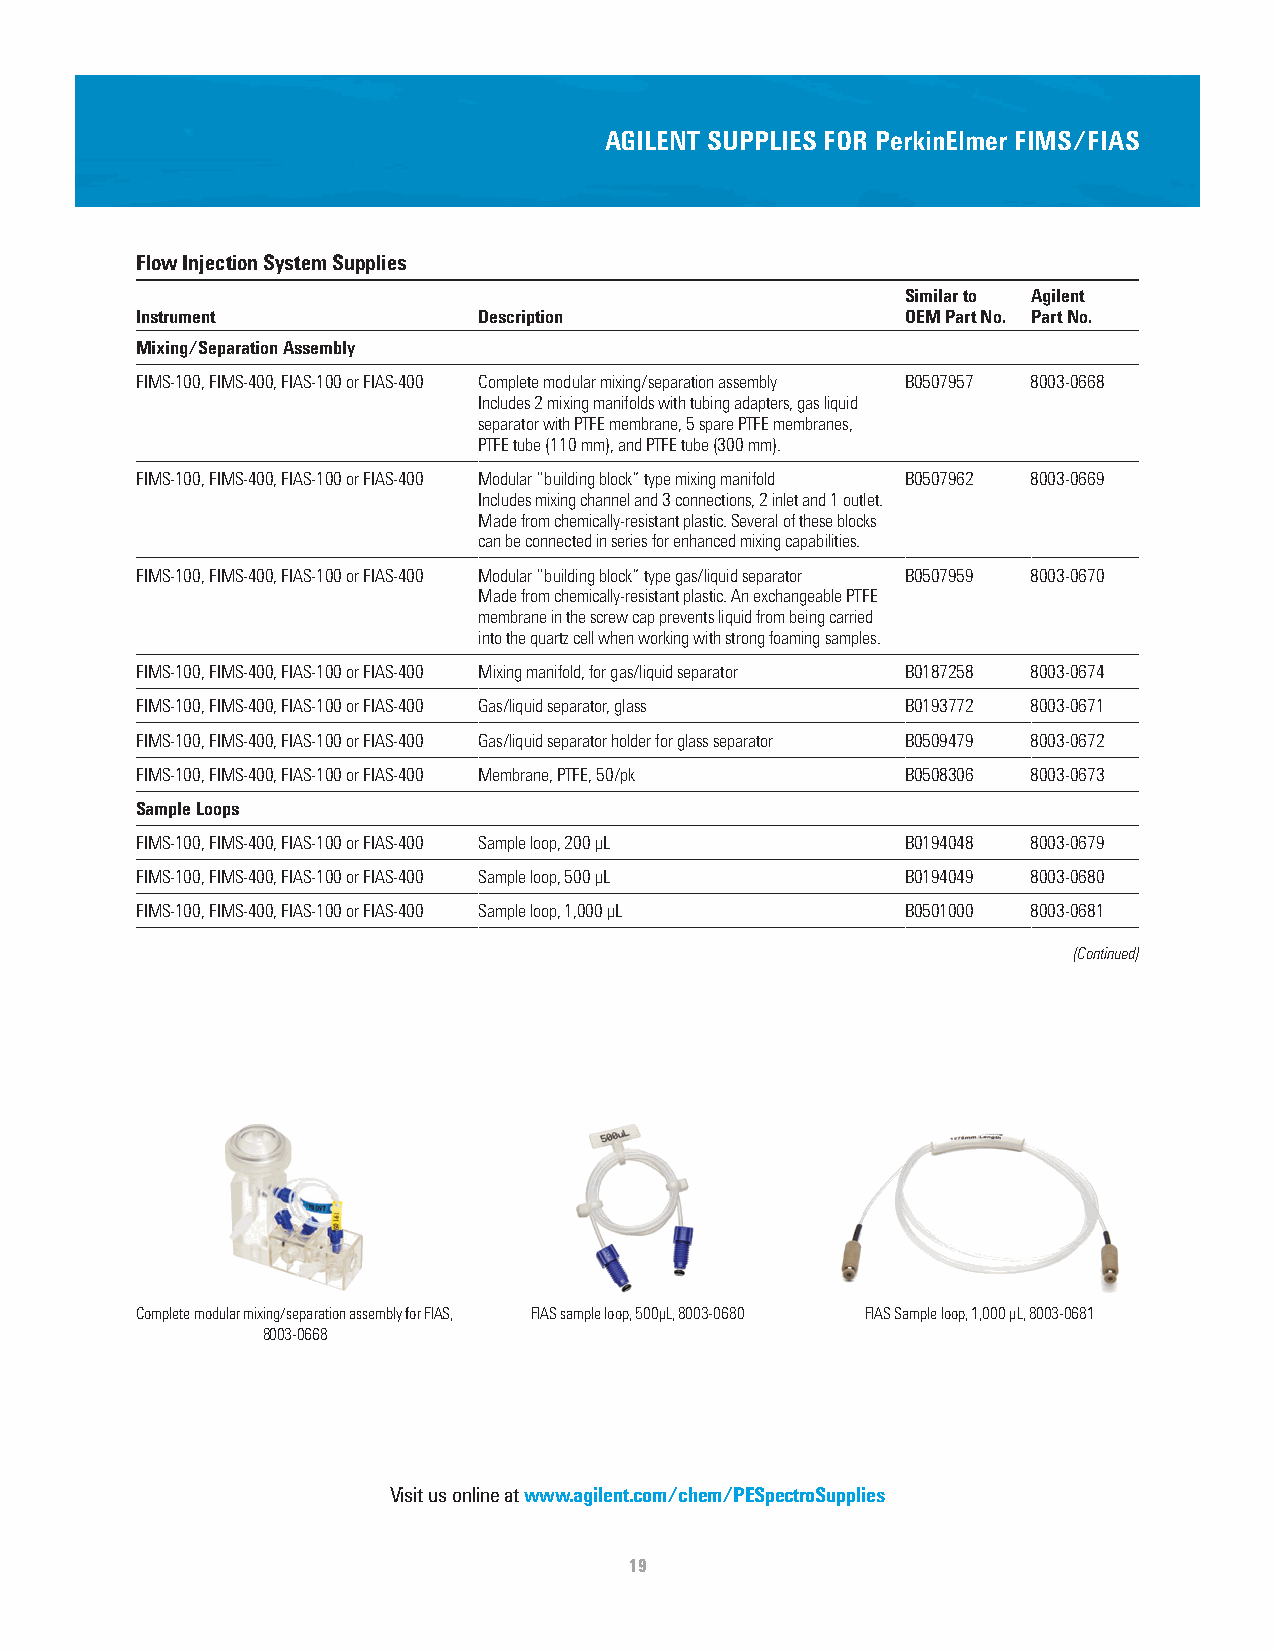
AGILENT SUPPLIES FOR PerkinElmer FIMS/FIAS
 Flow Injection System Supplies
 Similar to Agilent
 Instrument             Description                 OEM Part No. Part No.
 Mixing/Separation Assembly
 FIMS-100, FIMS-400, FIAS-100 or FIAS-400 Complete modular mixing/separation assembly B0507957 8003-0668
 Includes 2 mixing manifolds with tubing adapters, gas liquid
 separator with PTFE membrane, 5 spare PTFE membranes,
 PTFE tube (110 mm), and PTFE tube (300 mm).
 FIMS-100, FIMS-400, FIAS-100 or FIAS-400 Modular “building block” type mixing manifold B0507962 8003-0669
 Includes mixing channel and 3 connections, 2 inlet and 1 outlet.
 Made from chemically-resistant plastic. Several of these blocks
 can be connected in series for enhanced mixing capabilities.
 FIMS-100, FIMS-400, FIAS-100 or FIAS-400 Modular “building block” type gas/liquid separator B0507959 8003-0670
 Made from chemically-resistant plastic. An exchangeable PTFE
 membrane in the screw cap prevents liquid from being carried
 into the quartz cell when working with strong foaming samples.
 FIMS-100, FIMS-400, FIAS-100 or FIAS-400 Mixing manifold, for gas/liquid separator B0187258 8003-0674
 FIMS-100, FIMS-400, FIAS-100 or FIAS-400 Gas/liquid separator, glass B0193772 8003-0671
 FIMS-100, FIMS-400, FIAS-100 or FIAS-400 Gas/liquid separator holder for glass separator B0509479 8003-0672
 FIMS-100, FIMS-400, FIAS-100 or FIAS-400 Membrane, PTFE, 50/pk B0508306 8003-0673
 Sample Loops
 FIMS-100, FIMS-400, FIAS-100 or FIAS-400 Sample loop, 200 µL B0194048 8003-0679
 FIMS-100, FIMS-400, FIAS-100 or FIAS-400 Sample loop, 500 µL B0194049 8003-0680
 FIMS-100, FIMS-400, FIAS-100 or FIAS-400 Sample loop, 1,000 µL B0501000 8003-0681
 (Continued)
 Complete modular mixing/separation assembly for FIAS, FIAS sample loop, 500µL, 8003-0680 FIAS Sample loop, 1,000 µL, 8003-0681
 8003-0668
 Visit us online at www.agilent.com/chem/PESpectroSupplies
 19